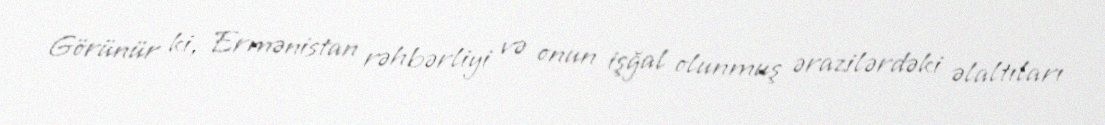
Görünür ki, Ermənistan rəhbərliyi və onun işğal olunmuş ərazilərdəki əlaltıları